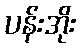
ပန်းအိုး